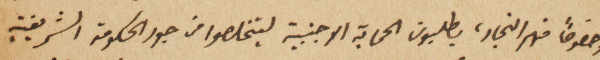
وخصوصاً منهم التجار، يطلبون الحماية الاجنبية ليتخلصوا من جور الحكومة الشريفية